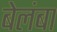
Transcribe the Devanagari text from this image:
बेलंबा